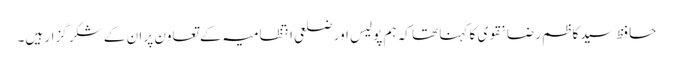
حافظ سید کاظم رضا نقوی کا کہنا تھا کہ ہم پولیس اور ضلعی انتظامیہ کے تعاون پر ان کے شکر گزار ہیں۔